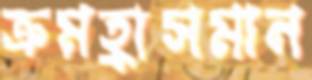
ক্রমহ্রাসমান